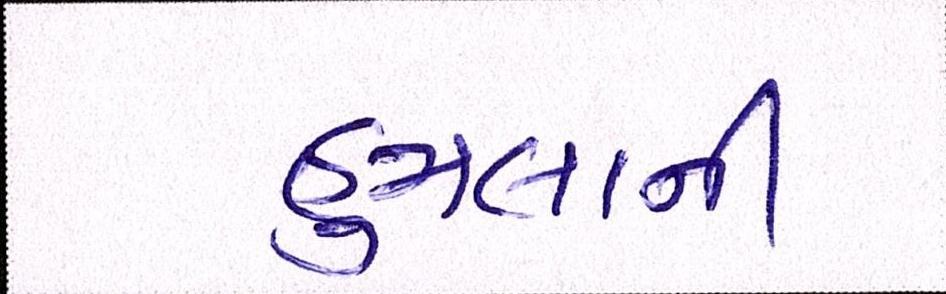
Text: હુમલાની